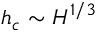
h _ { c } \sim H ^ { 1 / 3 }